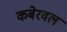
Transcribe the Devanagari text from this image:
कबेरवल